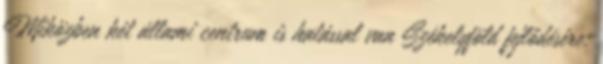
Miközben két állami centrum is hatással van Székelyföld fejlődésére: